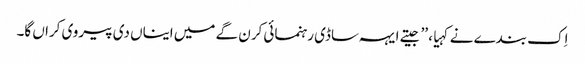
اِک بندے نے کہیا، ’’جیتے ایہہ ساڈی رہنمائی کرن گے میں ایناں دی پیروی کراں گا۔